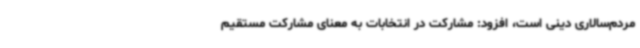
مردم‌سالاری دینی است، افزود: مشارکت در انتخابات به معنای مشارکت مستقیم